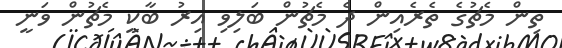
ތިން މެޗުގެ ތެރެއިން ދެ މެޗުން ބަލިވި އިރު ބާކީ މެޗުން ވަނީ